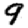
Digit: 9